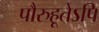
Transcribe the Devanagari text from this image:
पौरुहूतेऽपि